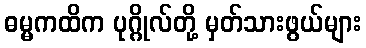
ဓမ္မကထိက ပုဂ္ဂိုလ်တို့ မှတ်သားဖွယ်များ